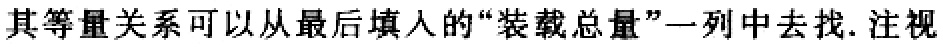
其等量关系可以从最后填入的“装载总量”一列中去找. 注视